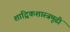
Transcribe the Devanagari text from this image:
शाद्विकशास्त्रमूढीं